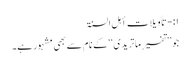
۱:- تأویلات أہل السنۃ
جو ’’تفسیرِ ماتریدی‘‘ کے نام سے بھی مشہور ہے۔